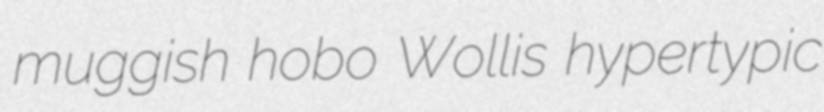
muggish hobo Wollis hypertypic